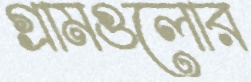
গ্রামগুলোর